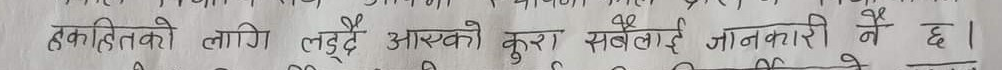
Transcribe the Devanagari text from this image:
हकहितको लागि लड्‌दै आएको कुरा सबैलाई जानकारी नै छ।